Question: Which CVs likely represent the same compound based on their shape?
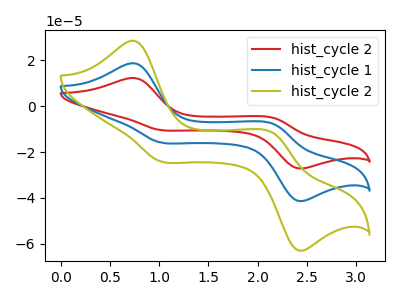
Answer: <think>The red curve "hist_cycle 2" has anodic peaks at (0.75V, 37.50uA) (2.15V, -15.15uA) and cathodic peaks at (1.00V, -31.55uA) (2.40V, -82.25uA). The blue curve "hist_cycle 1" has anodic peaks at (0.75V, 18.75uA) (2.15V, -7.55uA) and cathodic peaks at (1.00V, -15.75uA) (2.40V, -41.15uA). The olive curve "hist_cycle 2" has anodic peaks at (0.75V, 28.55uA) (2.15V, -11.55uA) and cathodic peaks at (1.00V, -24.00uA) (2.40V, -62.60uA).
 All the peaks in "hist_cycle 2" have a peak in "hist_cycle 1" at the same potential. All the peaks in "hist_cycle 2" have a peak in "hist_cycle 2" at the same potential. All the peaks in "hist_cycle 1" have a peak in "hist_cycle 2" at the same potential.</think>
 <answer>"hist_cycle 2", "hist_cycle 2" and "hist_cycle 1" have the same shape and are likely CV's of the same chemical.</answer>
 <eval>"hist_cycle 2" "hist_cycle 2" "hist_cycle 1"</eval>